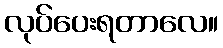
လုပ်ပေးရတာလေ။